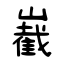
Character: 嶻